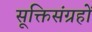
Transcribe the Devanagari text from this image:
सूक्तिसंग्रहों